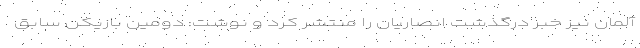
آلمان نیز خبر درگذشت انصاریان را منتشر کرد و نوشت: دومین بازیکن سابق